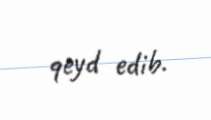
qeyd edib.